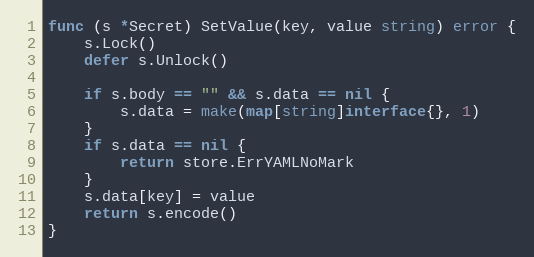
Language: Go
func (s *Secret) SetValue(key, value string) error {
	s.Lock()
	defer s.Unlock()

	if s.body == "" && s.data == nil {
		s.data = make(map[string]interface{}, 1)
	}
	if s.data == nil {
		return store.ErrYAMLNoMark
	}
	s.data[key] = value
	return s.encode()
}